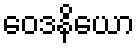
ဝေဒနိယော